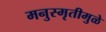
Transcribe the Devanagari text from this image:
मनुस्मृतीमुळे